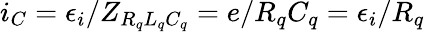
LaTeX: i_{C}=\epsilon_{i}/Z_{R_{q}L_{q}C_{q}}=e/R_{q}C_{q}=\epsilon_{i}/R_{q}